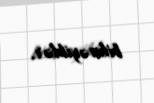
bilməyiblər.